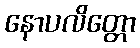
နောပလိတ္တော